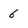
Character: 6